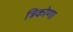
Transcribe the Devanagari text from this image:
त्रिकोणा